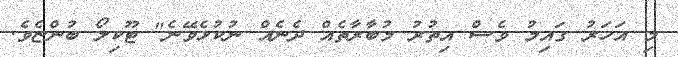
މި އަހަރު ގައިމު ވެސް އިތުރު މުބާރާތެއް ދެނެއް ނުކުޅެވޭނެ" ޓޫކިލޯ ބުންޏެވެ.